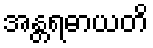
အန္တရဓာယတိ